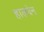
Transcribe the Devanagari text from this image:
हालवेन